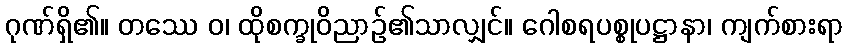
ဂုဏ်ရှိ၏။ တဿေ ဝ၊ ထိုစက္ခုဝိညာဉ်၏သာလျှင်။ ဂေါစရပစ္စုပဋ္ဌာနာ၊ ကျက်စားရာ